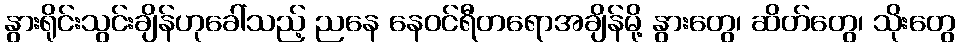
နွားရိုင်းသွင်းချိန်ဟုခေါ်သည့် ညနေ နေဝင်ရီတရောအချိန်မို့ နွားတွေ၊ ဆိတ်တွေ၊ သိုးတွေ